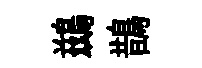
鷀鵲